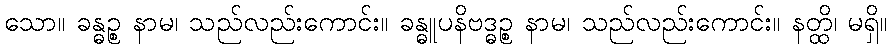
သော။ ခန္ဓဉ္စ နာမ၊ သည်လည်းကောင်း။ ခန္ဓူပနိဗဒ္ဓဉ္စ နာမ၊ သည်လည်းကောင်း။ နတ္ထိ၊ မရှိ။